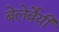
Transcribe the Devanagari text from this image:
बेलेर्बेयी